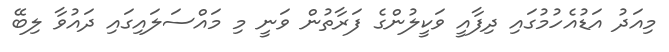
މިއަދު އަޑުއެހުމުގައި ދިފާއީ ވަކީލުންގެ ފަރާތުން ވަނީ މި މައްސަލައިގައި ދައުވާ ލިބޭ